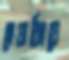
হেয়ারিংয়ে